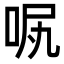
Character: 𠲙